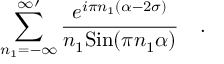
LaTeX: \sum _ { n _ { 1 } = - \infty } ^ { \infty \prime } { \frac { e ^ { i \pi n _ { 1 } ( \alpha - 2 \sigma ) } } { n _ { 1 } \mathrm { S i n } ( \pi n _ { 1 } \alpha ) } } \quad .